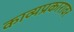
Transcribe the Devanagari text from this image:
काव्यप्रकारावर